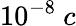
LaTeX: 10^{-8}~c